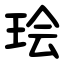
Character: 㻅